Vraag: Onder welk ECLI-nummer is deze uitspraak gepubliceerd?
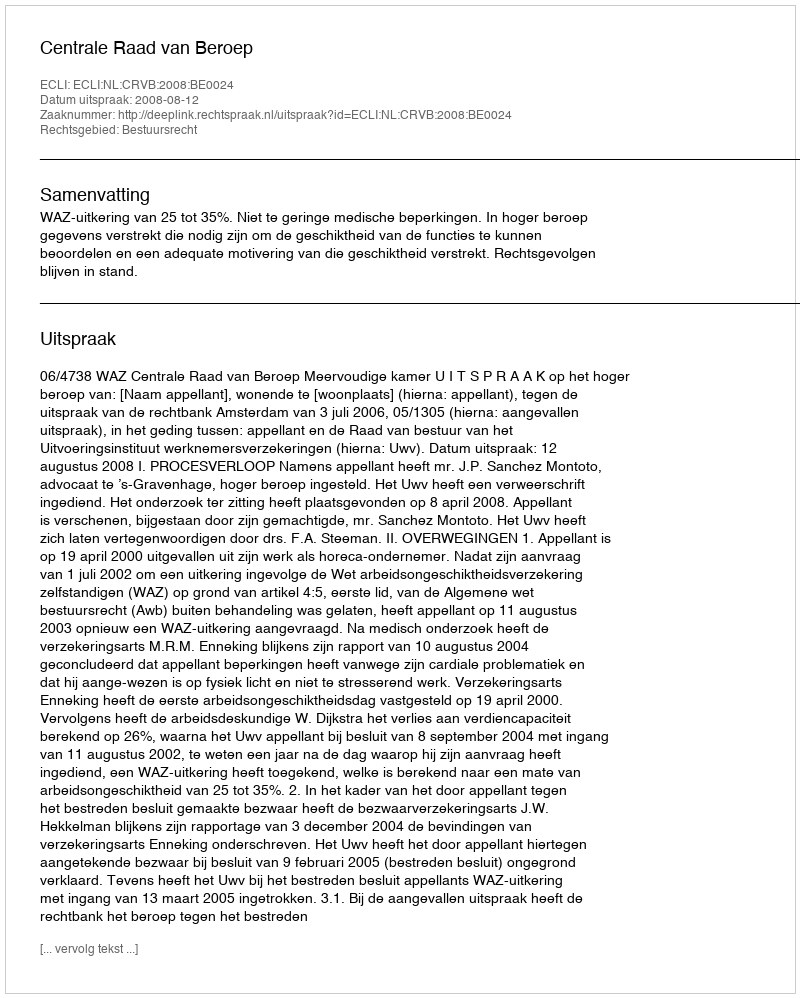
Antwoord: ECLI:NL:CRVB:2008:BE0024